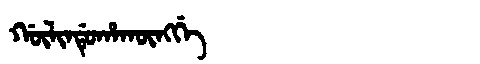
Manchu: ᡤᡡᠯᡳᠨᡩᡠᡥᠠᡴᡡᠩᡤᡝ
Romanization: GŪLINDUHAKŪNGGE